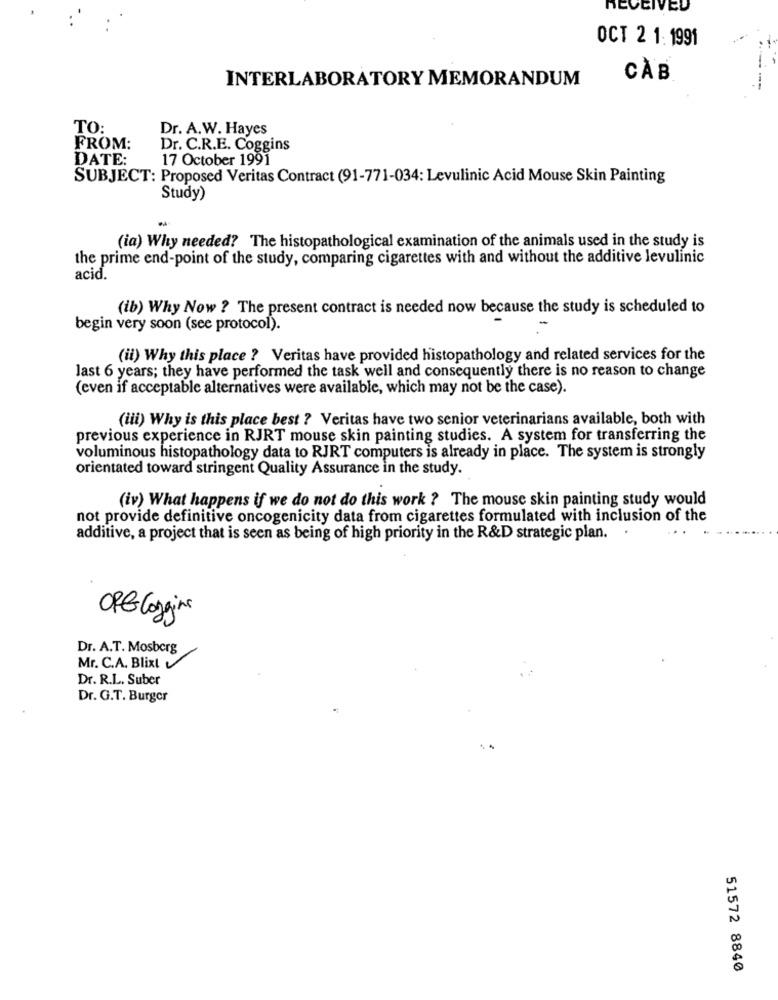
RECEIVED
OCT 2 1: 1991
INTERLABORATORY MEMORANDUM
CAB
TO:
Dr. A.W. Hayes
FROM:
Dr. C.R.E. Coggins
DATE:
17 October 1991
SUBJECT: Proposed Veritas Contract (91-771-034: Levulinic Acid Mouse Skin Painting
Study)
-
(ia) Why needed? The histopathological examination of the animals used in the study is
the prime end-point of the study, comparing cigarettes with and without the additive levulinic
acid.
(ib) Why Now ? The present contract is needed now because the study is scheduled to
begin very soon (see protocol).
(ii) Why this place ? Veritas have provided histopathology and related services for the
last 6 years; they have performed the task well and consequently there is no reason to change
(even if acceptable alternatives were available, which may not be the case).
(iii) Why is this place best ? Veritas have two senior veterinarians available, both with
previous experience in RJRT mouse skin painting studies. A system for transferring the
voluminous histopathology data to RJRT computers is already in place. The system is strongly
orientated toward stringent Quality Assurance in the study.
(iv) What happens if we do not do this work ? The mouse skin painting study would
not provide definitive oncogenicity data from cigarettes formulated with inclusion of the
additive, a project that is seen as being of high priority in the R&D strategic plan.
ORG Coggins
Dr. A.T. Mosberg
Mr. C.A. Blixt
Dr. R.L. Suber
Dr. G.T. Burger
51572 8840